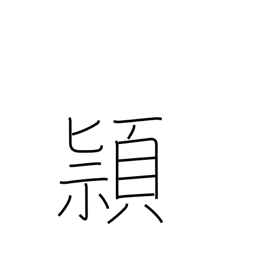
Meaning: cleverness